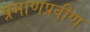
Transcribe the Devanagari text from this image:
प्रमाणप्रवीण